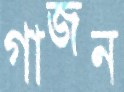
গাজন